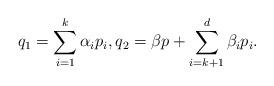
LaTeX: \begin{align*} q_1 = \sum_{i=1}^k \alpha_i p_i, q_2 = \beta p + \sum_{i=k+1}^d \beta_i p_i. \end{align*}